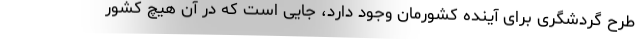
طرح گردشگری برای آینده کشورمان وجود دارد، جایی است که در آن هیچ کشور